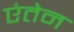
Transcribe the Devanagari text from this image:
एंतेन